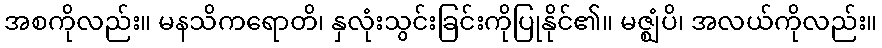
အစကိုလည်း။ မနသိကရောတိ၊ နှလုံးသွင်းခြင်းကိုပြုနိုင်၏။ မဇ္ဈံပိ၊ အလယ်ကိုလည်း။